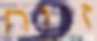
זנוח